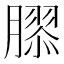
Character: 𦠧